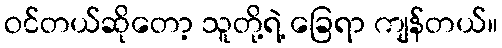
ဝင်တယ်ဆိုတော့ သူတို့ရဲ့ ခြေရာ ကျန်တယ်။